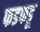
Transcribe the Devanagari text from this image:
फडफडू